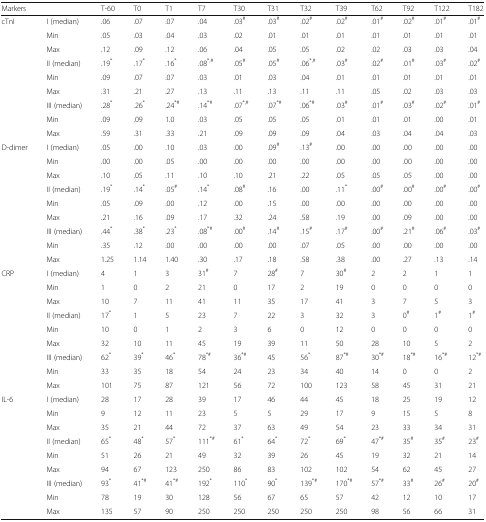
<table><thead><tr><td colspan="2"><b>Markers</b></td><td><b>T-60</b></td><td><b>T0</b></td><td><b>T1</b></td><td><b>T7</b></td><td><b>T30</b></td><td><b>T31</b></td><td><b>T32</b></td><td><b>T39</b></td><td><b>T62</b></td><td><b>T92</b></td><td><b>T122</b></td><td><b>T182</b></td></tr></thead><tbody><tr><td rowspan="9">cTnI</td><td>I (median)</td><td>.06</td><td>.07</td><td>.07</td><td>.04</td><td>.03<sup>#</sup></td><td>.03<sup>#</sup></td><td>.02<sup>#</sup></td><td>.02<sup>#</sup></td><td>.01<sup>#</sup></td><td>.02<sup>#</sup></td><td>.01<sup>#</sup></td><td>.01<sup>#</sup></td></tr><tr><td>Min</td><td>.05</td><td>.03</td><td>.04</td><td>.03</td><td>.02</td><td>.01</td><td>.01</td><td>.01</td><td>.01</td><td>.01</td><td>.01</td><td>.01</td></tr><tr><td>Max</td><td>.12</td><td>.09</td><td>.12</td><td>.06</td><td>.04</td><td>.05</td><td>.05</td><td>.02</td><td>.02</td><td>.03</td><td>.03</td><td>.04</td></tr><tr><td>II (median)</td><td>.19<sup>*</sup></td><td>.17<sup>*</sup></td><td>.16<sup>*</sup></td><td>.08<sup>*,#</sup></td><td>.05<sup>#</sup></td><td>.05<sup>#</sup></td><td>.06<sup>*,#</sup></td><td>.03<sup>#</sup></td><td>.02<sup>#</sup></td><td>.01<sup>#</sup></td><td>.03<sup>#</sup></td><td>.02<sup>#</sup></td></tr><tr><td>Min</td><td>.09</td><td>.07</td><td>.07</td><td>.03</td><td>.01</td><td>.03</td><td>.04</td><td>.01</td><td>.01</td><td>.01</td><td>.01</td><td>.01</td></tr><tr><td>Max</td><td>.31</td><td>.21</td><td>.27</td><td>.13</td><td>.11</td><td>.13</td><td>.11</td><td>.11</td><td>.05</td><td>.02</td><td>.03</td><td>.03</td></tr><tr><td>III (median)</td><td>.28<sup>*</sup></td><td>.26<sup>*</sup></td><td>.24<sup>*#</sup></td><td>.14<sup>*#</sup></td><td>.07<sup>*,#</sup></td><td>.07<sup>*#</sup></td><td>.06<sup>*#</sup></td><td>.03<sup>#</sup></td><td>.01<sup>#</sup></td><td>.03<sup>#</sup></td><td>.02<sup>#</sup></td><td>.01<sup>#</sup></td></tr><tr><td>Min</td><td>.09</td><td>.09</td><td>1.0</td><td>.03</td><td>.05</td><td>.05</td><td>.05</td><td>.01</td><td>.01</td><td>.01</td><td>.00</td><td>.01</td></tr><tr><td>Max</td><td>.59</td><td>.31</td><td>.33</td><td>.21</td><td>.09</td><td>.09</td><td>.09</td><td>.04</td><td>.03</td><td>.04</td><td>.04</td><td>.03</td></tr><tr><td rowspan="9">D-dimer</td><td>I (median)</td><td>.05</td><td>.00</td><td>.10</td><td>.03</td><td>.00</td><td>.09<sup>#</sup></td><td>.13<sup>#</sup></td><td>.00</td><td>.00</td><td>.00</td><td>.00</td><td>.00</td></tr><tr><td>Min</td><td>.00</td><td>.00</td><td>.05</td><td>.00</td><td>.00</td><td>.00</td><td>.00</td><td>.00</td><td>.00</td><td>.00</td><td>.00</td><td>.00</td></tr><tr><td>Max</td><td>.10</td><td>.05</td><td>.11</td><td>.10</td><td>.10</td><td>.21</td><td>.22</td><td>.05</td><td>.05</td><td>.05</td><td>.00</td><td>.00</td></tr><tr><td>II (median)</td><td>.19<sup>*</sup></td><td>.14<sup>*</sup></td><td>.05<sup>#</sup></td><td>.14<sup>*</sup></td><td>.08<sup>#</sup></td><td>.16</td><td>.00</td><td>.11<sup>*</sup></td><td>.00<sup>#</sup></td><td>.00<sup>#</sup></td><td>.00<sup>#</sup></td><td>.00<sup>#</sup></td></tr><tr><td>Min</td><td>.05</td><td>.09</td><td>.00</td><td>.12</td><td>.00</td><td>.15</td><td>.00</td><td>.00</td><td>.00</td><td>.00</td><td>.00</td><td>.00</td></tr><tr><td>Max</td><td>.21</td><td>.16</td><td>.09</td><td>.17</td><td>.32</td><td>.24</td><td>.58</td><td>.19</td><td>.00</td><td>.09</td><td>.00</td><td>.00</td></tr><tr><td>III (median)</td><td>.44<sup>*</sup></td><td>.38<sup>*</sup></td><td>.23<sup>*</sup></td><td>.08<sup>*#</sup></td><td>.00<sup>#</sup></td><td>.14<sup>#</sup></td><td>.15<sup>#</sup></td><td>.17<sup>#</sup></td><td>.00<sup>#</sup></td><td>.21<sup>#</sup></td><td>.06<sup>#</sup></td><td>.03<sup>#</sup></td></tr><tr><td>Min</td><td>.35</td><td>.12</td><td>.00</td><td>.00</td><td>.00</td><td>.00</td><td>.07</td><td>.05</td><td>.00</td><td>.00</td><td>.00</td><td>.00</td></tr><tr><td>Max</td><td>1.25</td><td>1.14</td><td>1.40</td><td>.30</td><td>.17</td><td>.18</td><td>.58</td><td>.38</td><td>.00</td><td>.27</td><td>.13</td><td>.14</td></tr><tr><td rowspan="9">CRP</td><td>I (median)</td><td>4</td><td>1</td><td>3</td><td>31<sup>#</sup></td><td>7</td><td>28<sup>#</sup></td><td>7</td><td>30<sup>#</sup></td><td>2</td><td>2</td><td>1</td><td>1</td></tr><tr><td>Min</td><td>1</td><td>0</td><td>2</td><td>21</td><td>0</td><td>17</td><td>2</td><td>19</td><td>0</td><td>0</td><td>0</td><td>0</td></tr><tr><td>Max</td><td>10</td><td>7</td><td>11</td><td>41</td><td>11</td><td>35</td><td>17</td><td>41</td><td>3</td><td>7</td><td>5</td><td>3</td></tr><tr><td>II (median)</td><td>17<sup>*</sup></td><td>1</td><td>5</td><td>23</td><td>7</td><td>22</td><td>3</td><td>32</td><td>3</td><td>0<sup>#</sup></td><td>1<sup>#</sup></td><td>1<sup>#</sup></td></tr><tr><td>Min</td><td>10</td><td>0</td><td>1</td><td>2</td><td>3</td><td>6</td><td>0</td><td>12</td><td>0</td><td>0</td><td>0</td><td>0</td></tr><tr><td>Max</td><td>32</td><td>10</td><td>11</td><td>45</td><td>19</td><td>39</td><td>11</td><td>50</td><td>28</td><td>10</td><td>5</td><td>2</td></tr><tr><td>III (median)</td><td>62<sup>*</sup></td><td>39<sup>*</sup></td><td>46<sup>*</sup></td><td>78<sup>*#</sup></td><td>36<sup>*#</sup></td><td>45</td><td>56<sup>*</sup></td><td>87<sup>*#</sup></td><td>30<sup>*#</sup></td><td>18<sup>*#</sup></td><td>16<sup>*#</sup></td><td>12<sup>*#</sup></td></tr><tr><td>Min</td><td>33</td><td>35</td><td>18</td><td>54</td><td>24</td><td>23</td><td>34</td><td>40</td><td>14</td><td>0</td><td>0</td><td>2</td></tr><tr><td>Max</td><td>101</td><td>75</td><td>87</td><td>121</td><td>56</td><td>72</td><td>100</td><td>123</td><td>58</td><td>45</td><td>31</td><td>21</td></tr><tr><td rowspan="9">IL-6</td><td>I (median)</td><td>28</td><td>17</td><td>28</td><td>39</td><td>17</td><td>46</td><td>44</td><td>45</td><td>18</td><td>25</td><td>19</td><td>12</td></tr><tr><td>Min</td><td>9</td><td>12</td><td>11</td><td>23</td><td>5</td><td>5</td><td>29</td><td>17</td><td>9</td><td>15</td><td>5</td><td>8</td></tr><tr><td>Max</td><td>35</td><td>21</td><td>44</td><td>72</td><td>37</td><td>63</td><td>49</td><td>54</td><td>23</td><td>33</td><td>34</td><td>31</td></tr><tr><td>II (median)</td><td>65<sup>*</sup></td><td>48<sup>*</sup></td><td>57<sup>*</sup></td><td>111<sup>*#</sup></td><td>61<sup>*</sup></td><td>64<sup>*</sup></td><td>72<sup>*</sup></td><td>69<sup>*</sup></td><td>47<sup>*#</sup></td><td>35<sup>#</sup></td><td>35<sup>#</sup></td><td>23<sup>#</sup></td></tr><tr><td>Min</td><td>51</td><td>26</td><td>21</td><td>49</td><td>32</td><td>39</td><td>26</td><td>45</td><td>19</td><td>32</td><td>21</td><td>14</td></tr><tr><td>Max</td><td>94</td><td>67</td><td>123</td><td>250</td><td>86</td><td>83</td><td>102</td><td>102</td><td>54</td><td>62</td><td>45</td><td>27</td></tr><tr><td>III (median)</td><td>93<sup>*</sup></td><td>41<sup>*#</sup></td><td>41<sup>*#</sup></td><td>192<sup>*</sup></td><td>110<sup>*</sup></td><td>90<sup>*</sup></td><td>139<sup>*#</sup></td><td>170<sup>*#</sup></td><td>57<sup>*#</sup></td><td>33<sup>#</sup></td><td>26<sup>#</sup></td><td>20<sup>#</sup></td></tr><tr><td>Min</td><td>78</td><td>19</td><td>30</td><td>128</td><td>56</td><td>67</td><td>65</td><td>57</td><td>42</td><td>12</td><td>10</td><td>17</td></tr><tr><td>Max</td><td>135</td><td>57</td><td>90</td><td>250</td><td>250</td><td>250</td><td>250</td><td>250</td><td>98</td><td>56</td><td>66</td><td>31</td></tr></tbody></table>